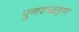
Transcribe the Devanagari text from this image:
पुनरुग्रहण